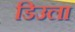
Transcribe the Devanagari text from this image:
डिउला